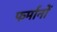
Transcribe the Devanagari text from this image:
फर्मानों